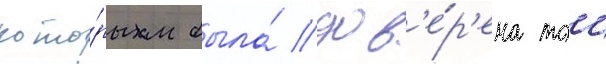
кото́рым была́ дов'е́р'ена тои